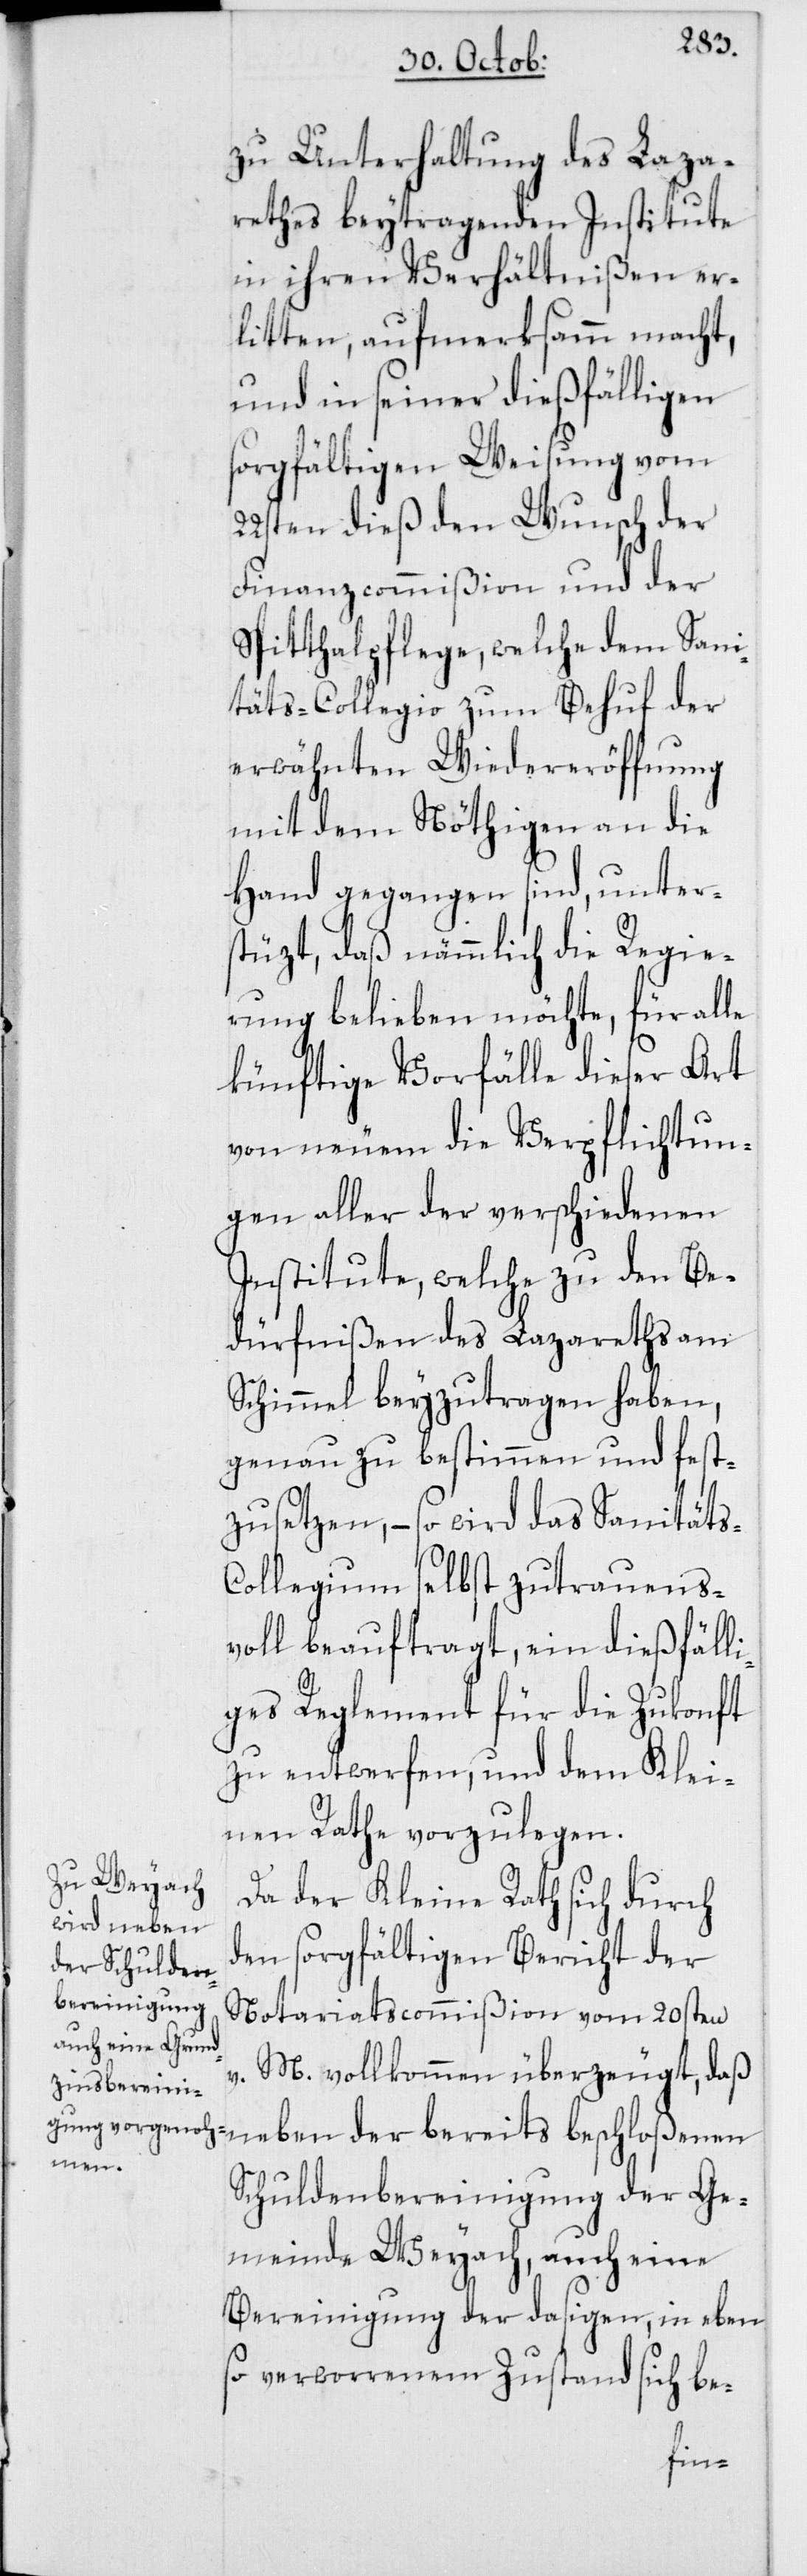
zu Unterhaltung des Laza¬
rethes beytragenden Institute
in ihren Verhältnißen er¬
litten, aufmerksamm macht,
und in seiner dießfälligen
sorgfältigen Weisung vom
22sten dieß den Wunsch der
Finanzcommißion und der
Spitthalpflege, welche dem Sani¬
täts-Collegio zum Behuf der
erwähnten Wiedereröffnung
mit dem Nöthigen an die
Hand gegangen sind, unter¬
stüzt, daß nämmlich die Regie¬
rung belieben möchte, für alle
künftige Vorfälle dieser Art
von neuem die Verpflichtun¬
gen aller der verschiedenen
Institute, welche zu den Be¬
dürfnißen des Lazareths am
Schimmel beyzutragen haben,
genau zu bestimmen und fest¬
zusetzen, – so wird das Sanitäts-C¬
ollegium selbst zutrauens¬
voll beauftragt, ein dießfäll¬
iges Reglement für die Zukonft
zu entwerfen, und dem Klei¬
nen Rathe vorzulegen.
Da der Kleine Rath sich durch
den sorgfältigen Bericht der
Notariatscommißion vom 20sten
v. M. vollkommen überzeugt, daß
neben der bereits beschloßenen
Schuldenbereinigung der Ge¬
meinde Weyach, auch eine
Bereinigung der dasigen, in eben
so verworrenem Zustand sich be-